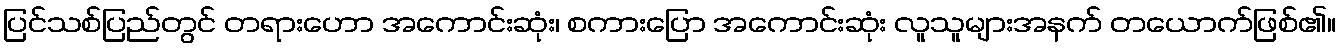
ပြင်သစ်ပြည်တွင် တရားဟော အကောင်းဆုံး၊ စကားပြော အကောင်းဆုံး လူသူများအနက် တယောက်ဖြစ်၏။